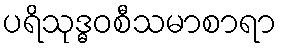
ပရိသုဒ္ဓဝစီသမာစာရာ